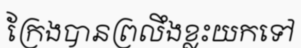
ក្រែងបានព្រលឹងខ្លះយកទៅ